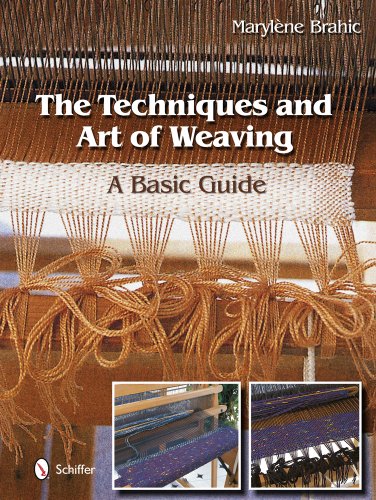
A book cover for The Techniques and Art of Weaving: A Basic Guide; MarylÅ ne Brahic; Crafts, Hobbies & Home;